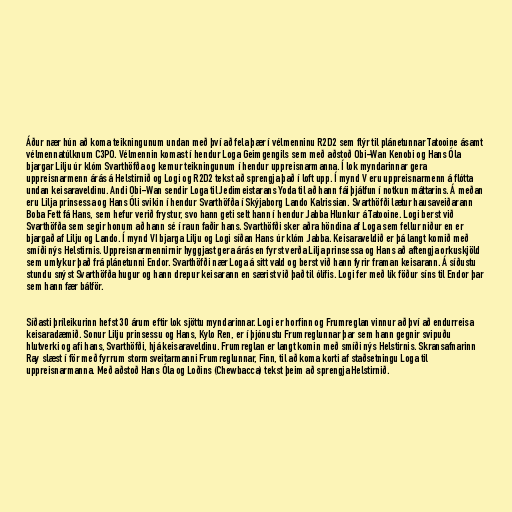
Áður nær hún að koma teikningunum undan með því að fela þær í vélmenninu R2D2 sem flýr til plánetunnar Tatooine ásamt
vélmennatúlknum C3PO. Vélmennin komast í hendur Loga Geimgengils sem með aðstoð Obi-Wan Kenobi og Hans Óla
bjargar Lilju úr klóm Svarthöfða og kemur teikningunum í hendur uppreisnarmanna. Í lok myndarinnar gera
uppreisnarmenn árás á Helstirnið og Logi og R2D2 tekst að sprengja það í loft upp. Í mynd V eru uppreisnarmenn á flótta
undan keisaraveldinu. Andi Obi-Wan sendir Loga til Jedimeistarans Yoda til að hann fái þjálfun í notkun máttarins. Á meðan
eru Lilja prinsessa og Hans Óli svikin í hendur Svarthöfða í Skýjaborg Lando Kalrissian. Svarthöfði lætur hausaveiðarann
Boba Fett fá Hans, sem hefur verið frystur, svo hann geti selt hann í hendur Jabba Hlunkur á Tatooine. Logi berst við
Svarthöfða sem segir honum að hann sé í raun faðir hans. Svarthöfði sker aðra höndina af Loga sem fellur niður en er
bjargað af Lilju og Lando. Í mynd VI bjarga Lilju og Logi síðan Hans úr klóm Jabba. Keisaraveldið er þá langt komið með
smíði nýs Helstirnis. Uppreisnarmennirnir hyggjast gera árás en fyrst verða Lilja prinsessa og Hans að aftengja orkuskjöld
sem umlykur það frá plánetunni Endor. Svarthöfði nær Loga á sitt vald og berst við hann fyrir framan keisarann. Á síðustu
stundu snýst Svarthöfða hugur og hann drepur keisarann en særist við það til ólífis. Logi fer með lík föður síns til Endor þar
sem hann fær bálför.

Síðasti þríleikurinn hefst 30 árum eftir lok sjöttu myndarinnar. Logi er horfinn og Frumreglan vinnur að því að endurreisa
keisaradæmið. Sonur Lilju prinsessu og Hans, Kylo Ren, er í þjónustu Frumreglunnar þar sem hann gegnir svipuðu
hlutverki og afi hans, Svarthöfði, hjá keisaraveldinu. Frumreglan er langt komin með smíði nýs Helstirnis. Skransafnarinn
Ray slæst í för með fyrrum stormsveitarmanni Frumreglunnar, Finn, til að koma korti af staðsetningu Loga til
uppreisnarmanna. Með aðstoð Hans Óla og Loðins (Chewbacca) tekst þeim að sprengja Helstirnið.